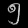
Digit: ၅